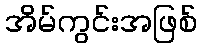
အိမ်ကွင်းအဖြစ်